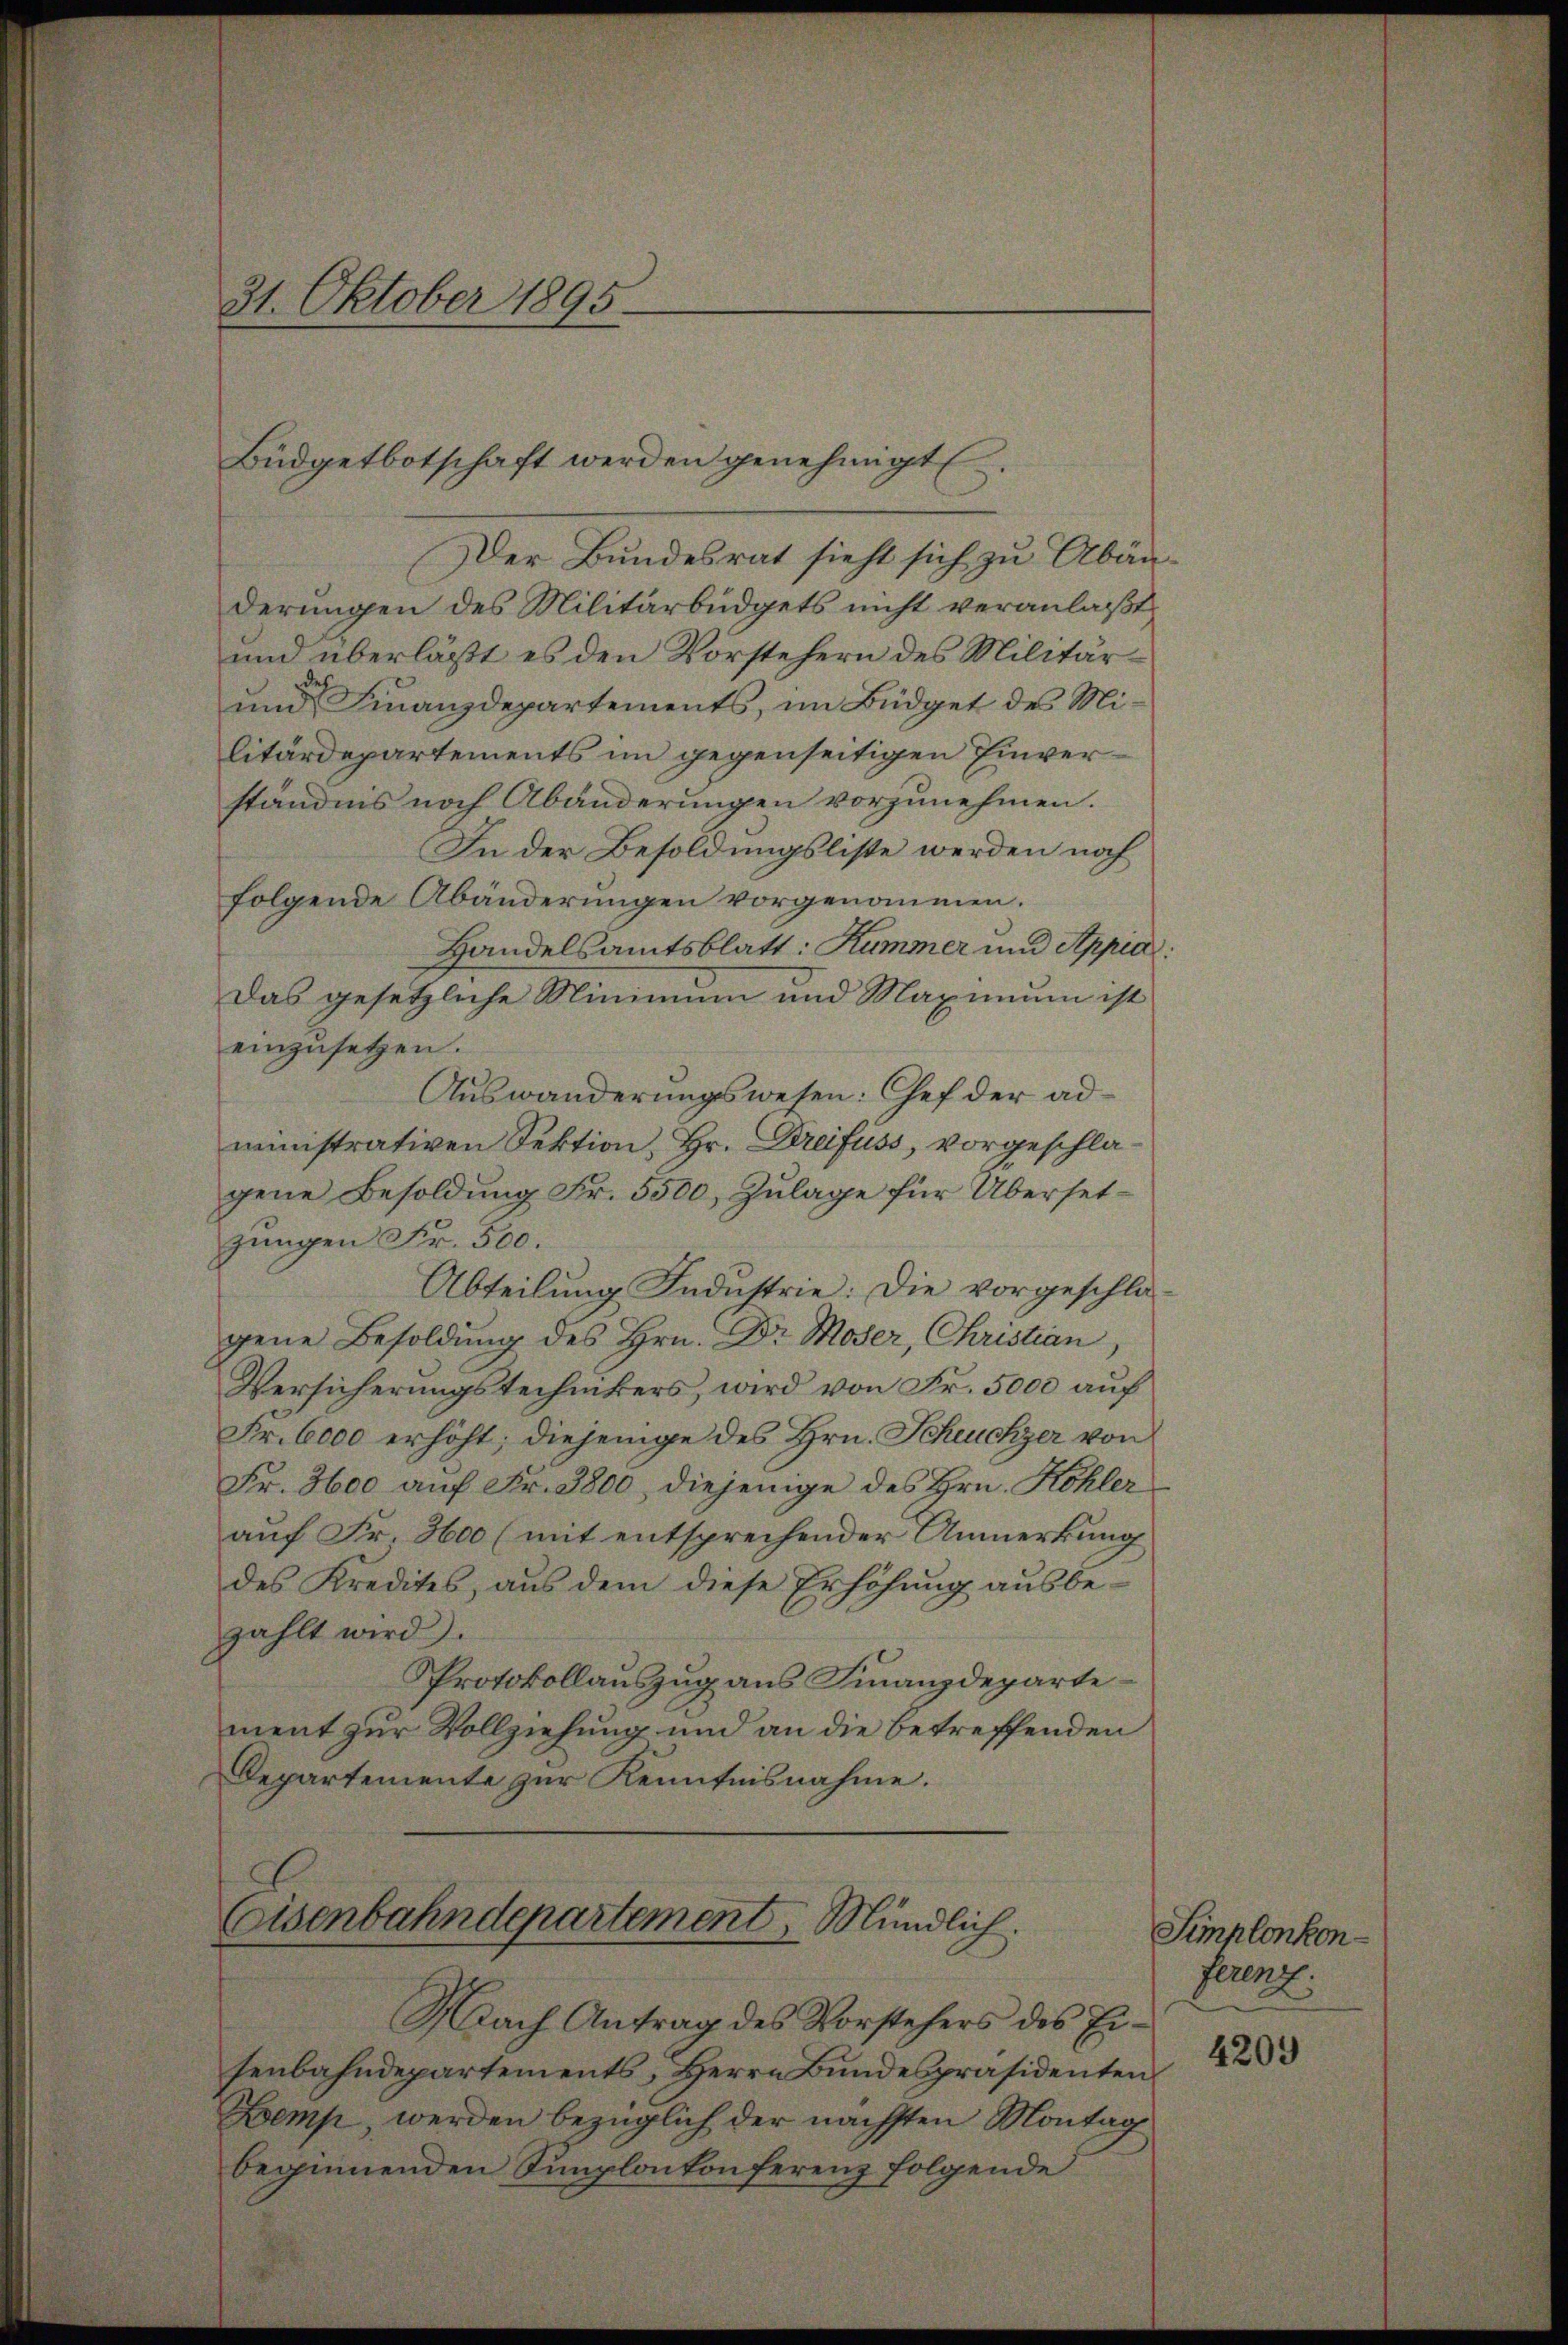
31. Oktober 1895.

Büdgetbotschaft werden genehmigt.

Coisenbahndepartement, Mündlich.

Der Bundesrat sieht sich zu Abänderungen des Militärbüdgets nicht veranlaßt,
und überläßt es den Vorstehern des Militärde
und Finanzdepartements, im Büdget des Militärdepartements im gegenseitigen Einverständnis noch Abänderungen vorzunehmen.
In der Besoldungsliste werden noch
folgende Abänderungen vorgenommen.
Handelsamtsblatt: Kümmer und Appia:
Das gesetzliche Minimum und Maximum ist
einzusetzen.
Auswanderungswesen: Chef der administrativen Sektion, Hr. Dreifuss, vorgeschlagene Besoldung Fr. 5500, Zulage für Übersetzungen Fr. 500.
Abteilung Industrie. Die vorgeschla-
gene Besoldung des Hrn. Dr Moser, Christian,
Versicherungstechnikers, wird von Fr. 5000 auf
Fr. 6000 erhöht; diejenige des Hrn. Scheuchzer von
Fr. 3600 auf Fr. 3800, diejenige des Hrn. Kohler
auf Fr. 3600 (mit entsprechender Anmerkung
des Kredites, aus dem diese Erhöhung ausbezahlt wird).
Protokollauszug aus Finanzdepartement zur Vollziehung und an die betreffenden
Departemente zur Kenntnisnahme.

Nach Antrag des Vorstehers des Ei-
senbahndepartements, Herrn Bundespräsidenten
Zemp, werden bezüglich der nächsten Montag
beginnenden Simplonkonferenz folgende

Simplonkonferenz.
4209